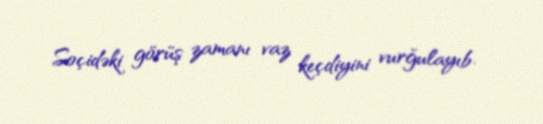
Soçidəki görüş zamanı vaz keçdiyini vurğulayıb.